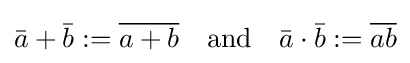
{\bar {a}}+{\bar {b}}:={\overline {a+b}}\quad {\text{and}}\quad {\bar {a}}\cdot {\bar {b}}:={\overline {ab}}